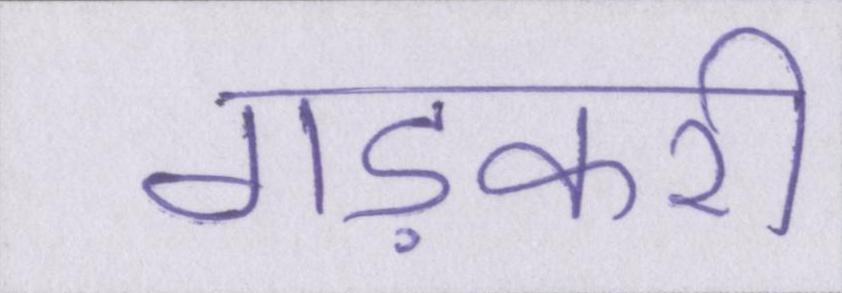
गड़करी